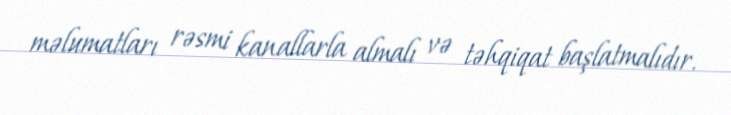
məlumatları rəsmi kanallarla almalı və təhqiqat başlatmalıdır.